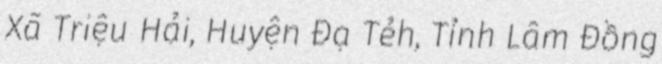
Xã Triệu Hải, Huyện Đạ Tẻh, Tỉnh Lâm Đồng